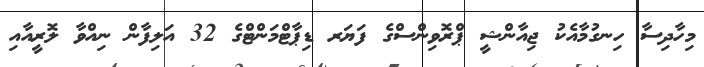
މިހާދިސާ ހިނގުމާއެކު ޖިއާންޝީ ޕްރޮވިންސްގެ ފަޔަރ ޑިޕާޓްމަންޓްގެ 32 އަލިފާން ނިއްވާ ލޮރީއާއި